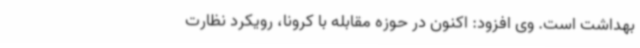
بهداشت است. وی افزود: اکنون در حوزه مقابله با کرونا، رویکرد نظارت